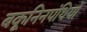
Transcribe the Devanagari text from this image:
बकूनिनपंथियों